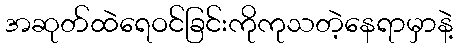
အဆုတ်ထဲရေဝင်ခြင်းကိုကုသတဲ့နေရာမှာနဲ့